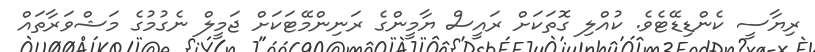
ރިޔާސީ ކެންޑިޑޭޓެވެ. ކުއްލި ގޮތަކަށް ރައީސް ޔާމީންގެ ރަނިންމޭޓަކަށް ޖަމީލް ނެގުމުގެ މަޝްވަރާތައް